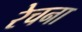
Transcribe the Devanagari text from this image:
रेचना